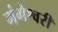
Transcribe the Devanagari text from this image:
गंगेश्वरी